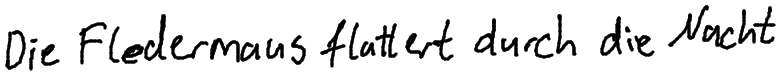
Die Fledermaus flattert durch die Nacht.